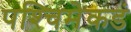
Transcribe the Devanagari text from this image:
पश्‍चिमेकडं